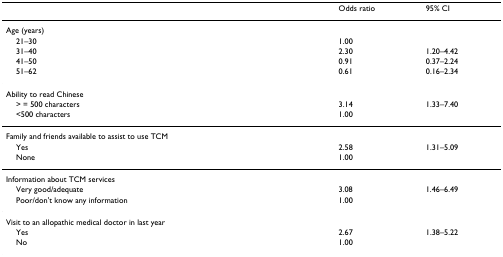
<table><thead><tr><td></td><td><b>Odds ratio</b></td><td><b>95% CI</b></td></tr></thead><tbody><tr><td>Age (years)</td><td></td><td></td></tr><tr><td> 21–30</td><td>1.00</td><td></td></tr><tr><td> 31–40</td><td>2.30</td><td>1.20–4.42</td></tr><tr><td> 41–50</td><td>0.91</td><td>0.37–2.24</td></tr><tr><td> 51–62</td><td>0.61</td><td>0.16–2.34</td></tr><tr><td>Ability to read Chinese</td><td></td><td></td></tr><tr><td> &gt; = 500 characters</td><td>3.14</td><td>1.33–7.40</td></tr><tr><td> &lt;500 characters</td><td>1.00</td><td></td></tr><tr><td>Family and friends available to assist to use TCM</td><td></td><td></td></tr><tr><td> Yes</td><td>2.58</td><td>1.31–5.09</td></tr><tr><td> None</td><td>1.00</td><td></td></tr><tr><td>Information about TCM services</td><td></td><td></td></tr><tr><td> Very good/adequate</td><td>3.08</td><td>1.46–6.49</td></tr><tr><td> Poor/don&#x27;t know any information</td><td>1.00</td><td></td></tr><tr><td>Visit to an allopathic medical doctor in last year</td><td></td><td></td></tr><tr><td> Yes</td><td>2.67</td><td>1.38–5.22</td></tr><tr><td> No</td><td>1.00</td><td></td></tr></tbody></table>